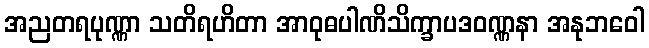
အညတရပုဏ္ဏာ သတိရဟိတာ အာဝုဓပါဏိသိက္ခာပဒဝဏ္ဏနာ အနုဘဝေါ